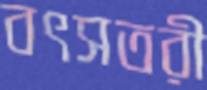
বৎসতরী